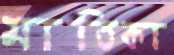
মাতিকা